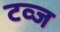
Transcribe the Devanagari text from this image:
टव्ज